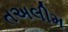
તઅલીમ